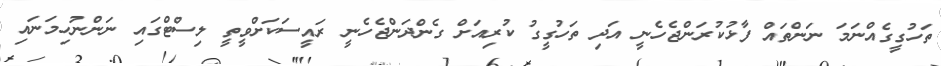
ތަހުގީގެއްނަމަ ނަންތައް ފާޅުކުރަންޖެހެނީ އަދި ތަހުގީގު ކުރިއަށް ގެންދަންޖެހެނީ ރައީސަކަށްވީތީ ލިސްޓްގައި ނަންނުހިމަނައި